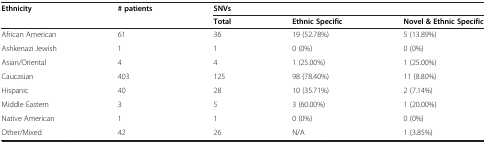
| Ethnicity | # patients | SNVs |  |  |
 |  |  | Total | Ethnic Specific | Novel & Ethnic Specific |
 | --- | --- | --- | --- | --- |
 | African American | 61 | 36 | 19 (52.78%) | 5 (13.89%) |
 | Ashkenazi Jewish | 1 | 1 | 0 (0%) | 0 (0%) |
 | Asian/Oriental | 4 | 4 | 1 (25.00%) | 1 (25.00%) |
 | Caucasian | 403 | 125 | 98 (78.40%) | 11 (8.80%) |
 | Hispanic | 40 | 28 | 10 (35.71%) | 2 (7.14%) |
 | Middle Eastern | 3 | 5 | 3 (60.00%) | 1 (20.00%) |
 | Native American | 1 | 1 | 0 (0%) | 0 (0%) |
 | Other/Mixed | 42 | 26 | N/A | 1 (3.85%) |